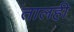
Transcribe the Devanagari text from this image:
तालही